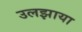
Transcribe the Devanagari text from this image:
उलझाया